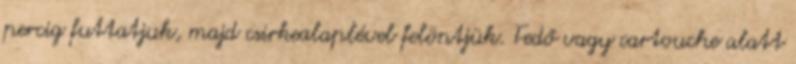
percig futtatjuk, majd csirkealaplével felöntjük. Fedő vagy cartouche alatt